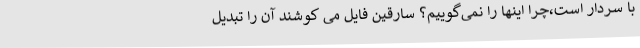
با سردار است،چرا اینها را نمی‌گوییم؟ سارقین فایل می کوشند آن را تبدیل